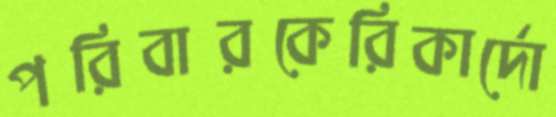
পরিবারকেরিকার্দো